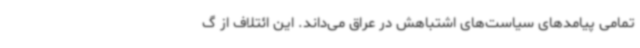
تمامی پیامدهای سیاست‌های اشتباهش در عراق می‌داند. این ائتلاف از گ